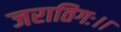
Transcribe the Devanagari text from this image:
जरातिगः।।